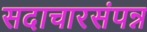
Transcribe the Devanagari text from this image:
सदाचारसंपन्न